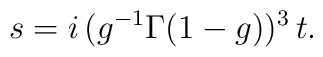
s=i\,(g^{-1}\Gamma(1-g))^3\, t.